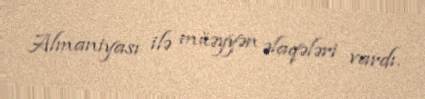
Almaniyası ilə müəyyən əlaqələri vardı.